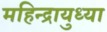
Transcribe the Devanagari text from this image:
महिन्द्रायुध्या